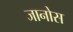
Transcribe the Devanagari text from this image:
जानोस